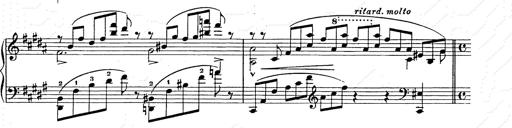
Title: Ballade No.2
Composer: Jan Skrzydlewski
Key: B minor